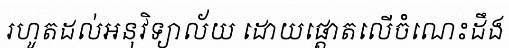
រហូតដល់អនុវិទ្យាល័យ ដោយផ្តោតលើចំណេះដឹង